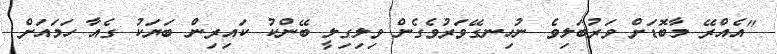
"އެއްރޭ މާބޮޑަށް ވަރުބަލިވެ ނުހިނގޭވަރުވެގެން ވިލިގިލީ ބޭންކު ކައިރިން ބަޔަކު ގެއާ ހަމައަށް